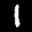
Label: 1